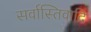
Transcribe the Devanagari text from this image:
सर्वास्तिवादि